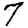
Digit: 7